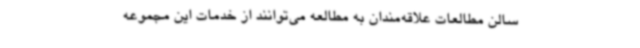
سالن مطالعات علاقه‌مندان به مطالعه می‌توانند از خدمات این مجموعه